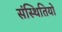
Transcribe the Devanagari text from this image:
संस्थितियों